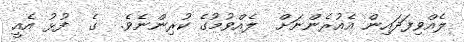
ލެއްވިފަދައިން އެއުރެންނަށް  ލެއްވުމުގެ ކުރިންނެވެ.  ގެ  ފުޅު އެއީ